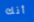
أنك